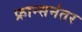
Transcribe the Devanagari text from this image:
फ्रान्सनंतर